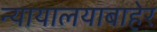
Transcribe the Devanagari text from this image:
न्यायालयाबाहेर